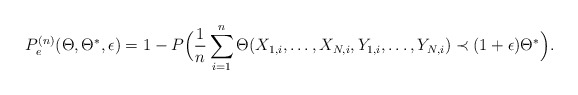
\begin{align*}P_e^{(n)}(\Theta, \Theta^*,\epsilon)&=1-P\Big(\frac{1}{n}\sum_{i=1}^n \Theta(X_{1,i},\ldots, X_{N,i}, Y_{1,i},\ldots, Y_{N,i})\prec (1+\epsilon)\Theta^* \Big).\end{align*}